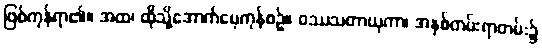
ဖြစ်ကုန်ရာ၏။ အထ၊ ထိုသို့အောက်မေ့ကုန်စဉ်။ ဝဿသတာယုကာ၊ အနှစ်တမ်းရာတမ်း၌